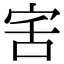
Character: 𭓯